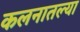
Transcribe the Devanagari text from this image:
कलनातल्या